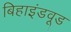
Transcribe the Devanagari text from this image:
बिहाइंडवूड